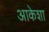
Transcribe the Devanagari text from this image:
आकेशा